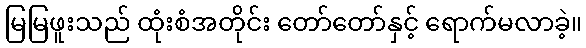
မြမြဖူးသည် ထုံးစံအတိုင်း တော်တော်နှင့် ရောက်မလာခဲ့။